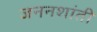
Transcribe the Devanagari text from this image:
जननशांती